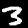
Label: 3